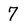
Character: 7